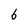
Character: 6